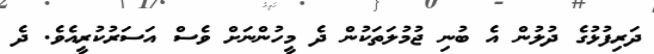
ދަރިފުޅުގެ ދުލުން އެ ބުނި ޖުމުލަތަކުން ދެ މީހުންނަށް ވެސް އަސަރުކުރީއެވެ. ދެ